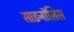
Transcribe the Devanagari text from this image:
साइनॉसिस